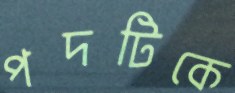
পদটিকে